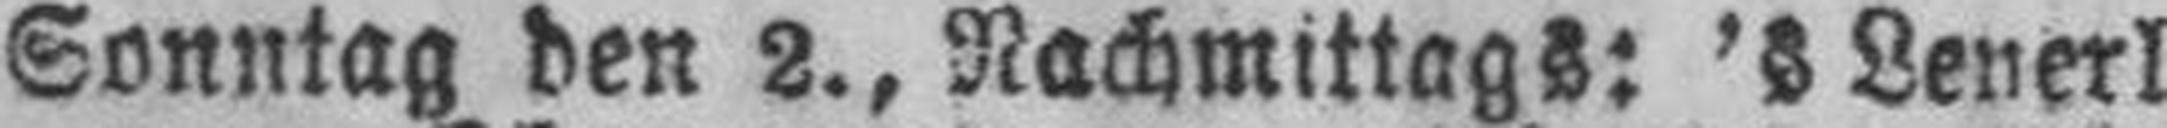
Sonntag den 2., Nachmittags: ’s Leyerl